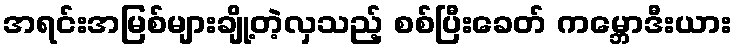
အရင်းအမြစ်များချို့တဲ့လှသည့် စစ်ပြီးခေတ် ကမ္ဘောဒီးယား